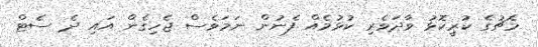
މެޗުގެ ކުރީކޮޅު ވާދަވެރި ކުޅުމެއް ފެނުން ނަމަވެސް ޖެހިގެން އައި ދެ ސެޓް